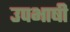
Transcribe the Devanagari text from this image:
उपभाषी